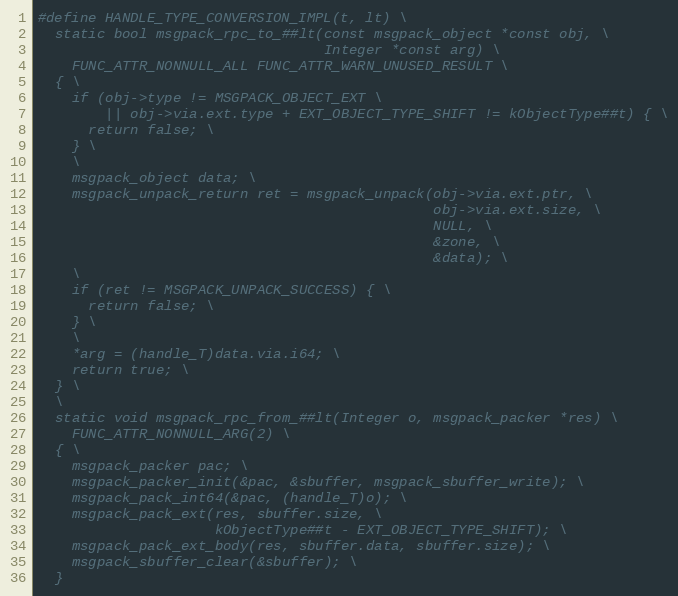
Language: C
#define HANDLE_TYPE_CONVERSION_IMPL(t, lt) \
  static bool msgpack_rpc_to_##lt(const msgpack_object *const obj, \
                                  Integer *const arg) \
    FUNC_ATTR_NONNULL_ALL FUNC_ATTR_WARN_UNUSED_RESULT \
  { \
    if (obj->type != MSGPACK_OBJECT_EXT \
        || obj->via.ext.type + EXT_OBJECT_TYPE_SHIFT != kObjectType##t) { \
      return false; \
    } \
    \
    msgpack_object data; \
    msgpack_unpack_return ret = msgpack_unpack(obj->via.ext.ptr, \
                                               obj->via.ext.size, \
                                               NULL, \
                                               &zone, \
                                               &data); \
    \
    if (ret != MSGPACK_UNPACK_SUCCESS) { \
      return false; \
    } \
    \
    *arg = (handle_T)data.via.i64; \
    return true; \
  } \
  \
  static void msgpack_rpc_from_##lt(Integer o, msgpack_packer *res) \
    FUNC_ATTR_NONNULL_ARG(2) \
  { \
    msgpack_packer pac; \
    msgpack_packer_init(&pac, &sbuffer, msgpack_sbuffer_write); \
    msgpack_pack_int64(&pac, (handle_T)o); \
    msgpack_pack_ext(res, sbuffer.size, \
                     kObjectType##t - EXT_OBJECT_TYPE_SHIFT); \
    msgpack_pack_ext_body(res, sbuffer.data, sbuffer.size); \
    msgpack_sbuffer_clear(&sbuffer); \
  }